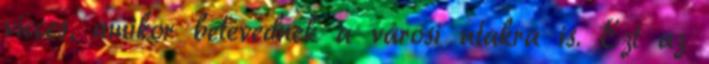
vicces, amikor betévednek a városi utakra is. Ezt az